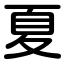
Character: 夏